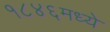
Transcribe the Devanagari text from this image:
१८४६मध्ये